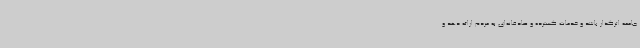
جامعه اثرگذار باشد و خدمات گسترده و صادقانه‌ای به مردم ارائه دهد و